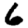
Digit: 6